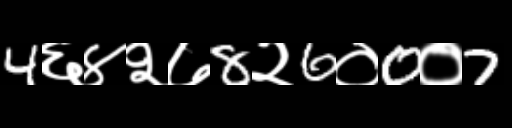
Text: 4६४२७8२6०0०7